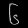
Digit: ၆